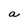
Character: a